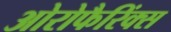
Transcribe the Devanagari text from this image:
ओरोफैरिंक्स